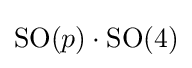
\mathrm {SO} (p)\cdot \mathrm {SO} (4)